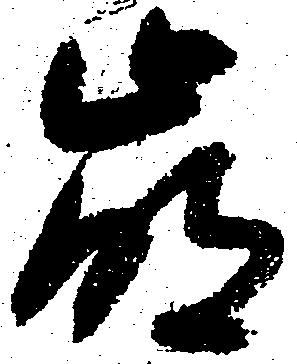
崩